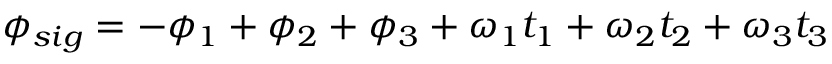
\phi _ { s i g } = - \phi _ { 1 } + \phi _ { 2 } + \phi _ { 3 } + \omega _ { 1 } t _ { 1 } + \omega _ { 2 } t _ { 2 } + \omega _ { 3 } t _ { 3 }